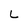
Character: L